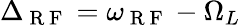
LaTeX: \Delta_{\mathrm{~R~F~}}=\omega_{\mathrm{~R~F~}}-\Omega_{L}